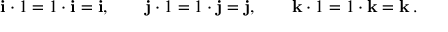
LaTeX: \mathbf { i } \cdot 1 = 1 \cdot \mathbf { i } = \mathbf { i } , \qquad \mathbf { j } \cdot 1 = 1 \cdot \mathbf { j } = \mathbf { j } , \qquad \mathbf { k } \cdot 1 = 1 \cdot \mathbf { k } = \mathbf { k } \, .